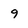
Character: 9